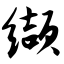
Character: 缬